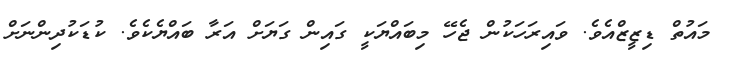
މައުތް ޑިޒީޒްއެވެ. ވައިރަހަކުން ޖެހޭ މިބައްޔަކީ ގައިން ގަޔަށް އަރާ ބައްޔެކެވެ. ކުޑަކުދިންނަށް